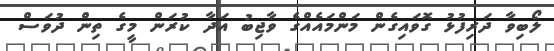
ލޯބިވާ ދަރިފުޅު ގޮވައިގެން މަންމައެއްގެ ވާޖިބު އަދާ ކުރަން މީގެ ތިން ދުވަސް